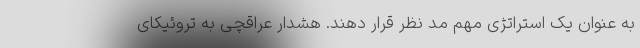
به عنوان یک استراتژی مهم مد نظر قرار دهند. هشدار عراقچی به تروئیکای